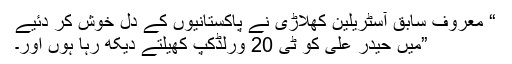
“ معروف سابق آسٹریلین کھلاڑی نے پاکستانیوں کے دل خوش کر دئیے
”میں حیدر علی کو ٹی 20 ورلڈکپ کھیلتے دیکھ رہا ہوں اور۔